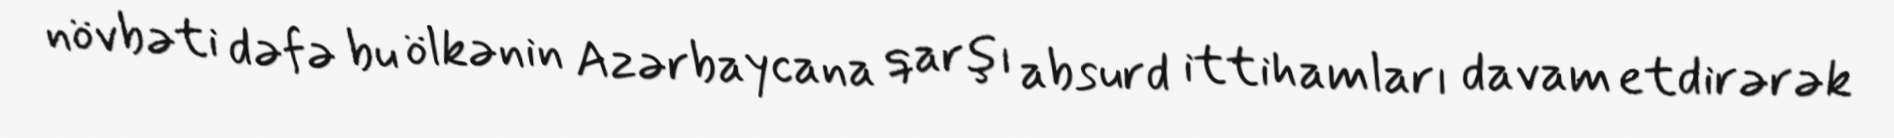
növbəti dəfə bu ölkənin Azərbaycana qarşı absurd ittihamları davam etdirərək